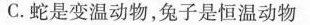
C.蛇是变温动物，兔子是恒温动物